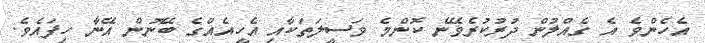
އެހެންވެ އެ ގެއްލުން ދުރުކުރެވޭނެ ކޮންމެ ވަސީލަތަކާއި އެހީއެއްގެ ބޭނުން އޭނާ ހިފައެވެ.